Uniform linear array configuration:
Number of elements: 4
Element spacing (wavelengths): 0.5
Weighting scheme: binomial
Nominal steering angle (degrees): -45
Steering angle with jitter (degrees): -44.431
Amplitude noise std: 0.05
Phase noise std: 0.05

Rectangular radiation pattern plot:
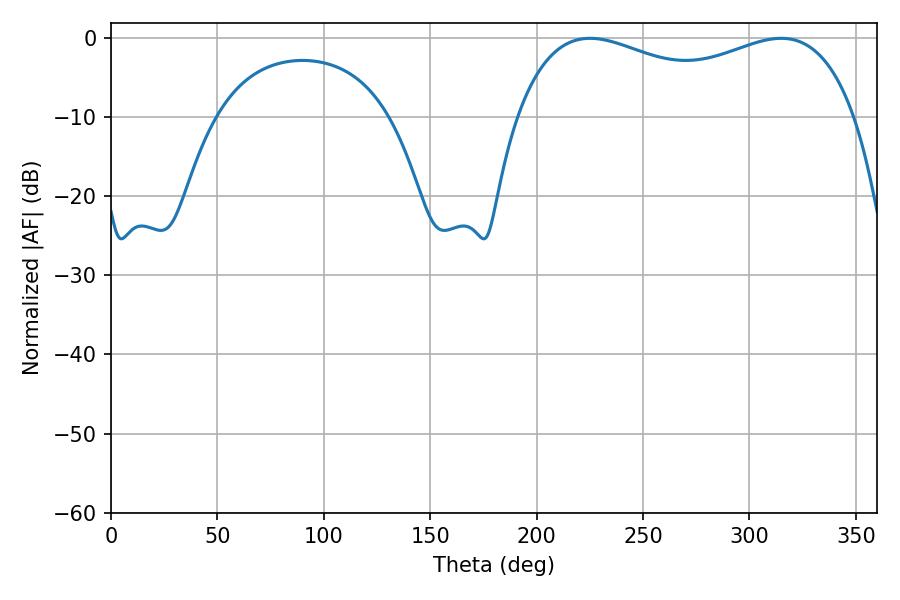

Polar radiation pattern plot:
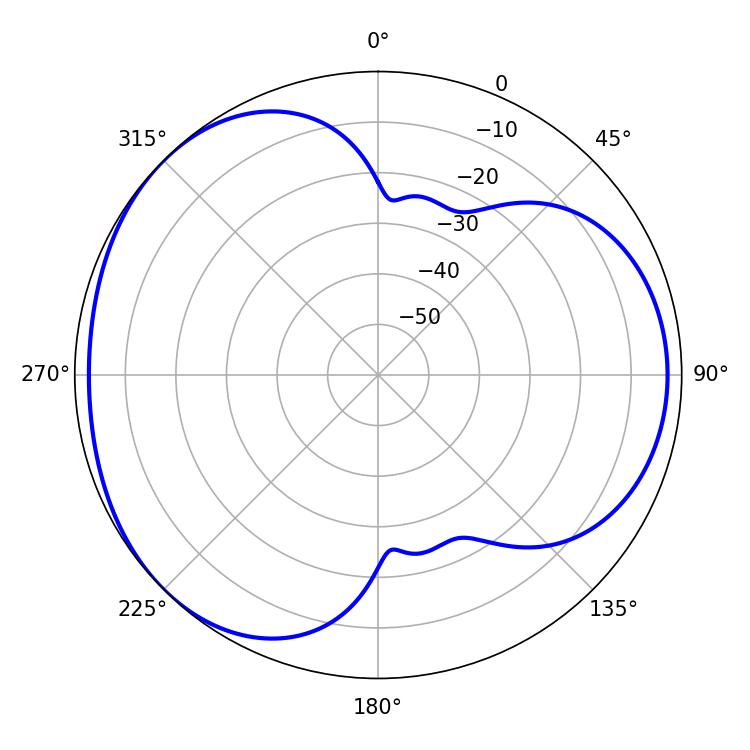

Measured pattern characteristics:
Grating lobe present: FALSE
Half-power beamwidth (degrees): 131.4
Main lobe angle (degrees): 225